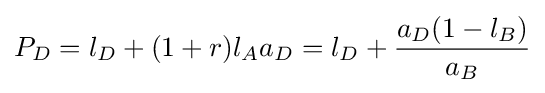
P_{D}=l_{D}+(1+r)l_{A}a_{D}=l_{D}+{a_{D}(1-l_{B}) \over a_{B}}